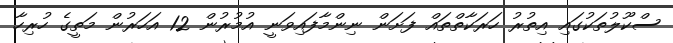
ސްކޫލުތަކުގައި އިތުރު ހަރަކާތްތައް ފަށަން ނިންމާފައިވަނީ އުމުރުން 12 އަހަރުން މަތީގެ ހުރިހާ